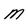
Character: M